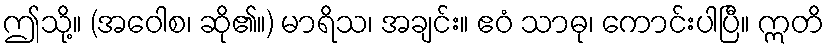
ဤသို့။ (အဝေါစ၊ ဆို၏။) မာရိသ၊ အချင်း။ ဧဝံ သာဓု၊ ကောင်းပါပြီ။ ဣတိ